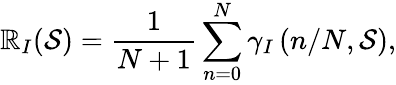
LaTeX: \mathbb{R}_{I}({\mathcal{{S}}})=\frac{{1}}{{N+1}}\sum_{n=0}^{N}\gamma_{I}\left(n/N,{\mathcal{{S}}}\right),